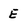
Character: E